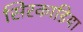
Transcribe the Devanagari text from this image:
सिरकाडिया